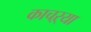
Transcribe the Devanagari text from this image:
काचऱ्या